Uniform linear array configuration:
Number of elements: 8
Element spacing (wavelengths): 1
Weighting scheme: uniform
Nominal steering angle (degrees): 30
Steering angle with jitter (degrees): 31.336
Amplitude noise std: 0.05
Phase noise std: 0.05

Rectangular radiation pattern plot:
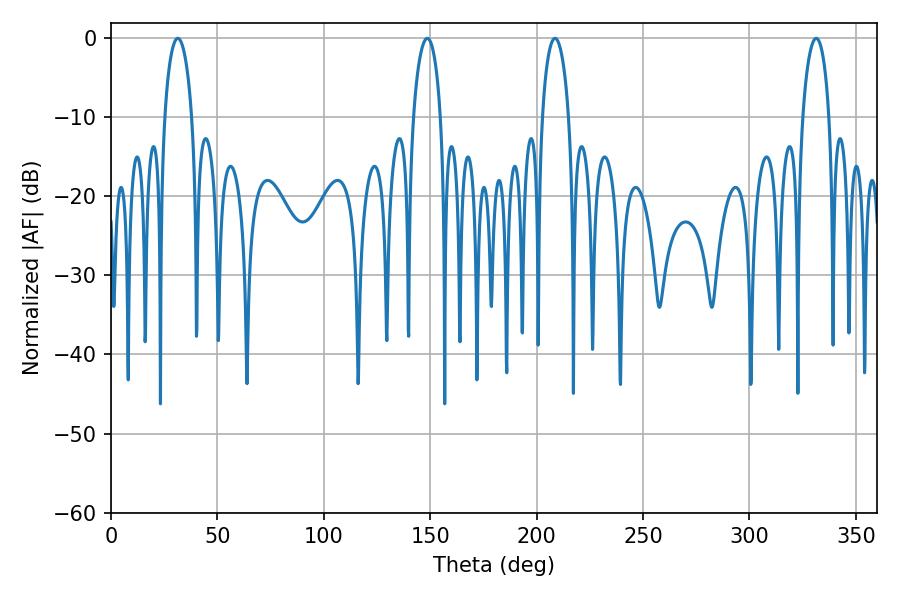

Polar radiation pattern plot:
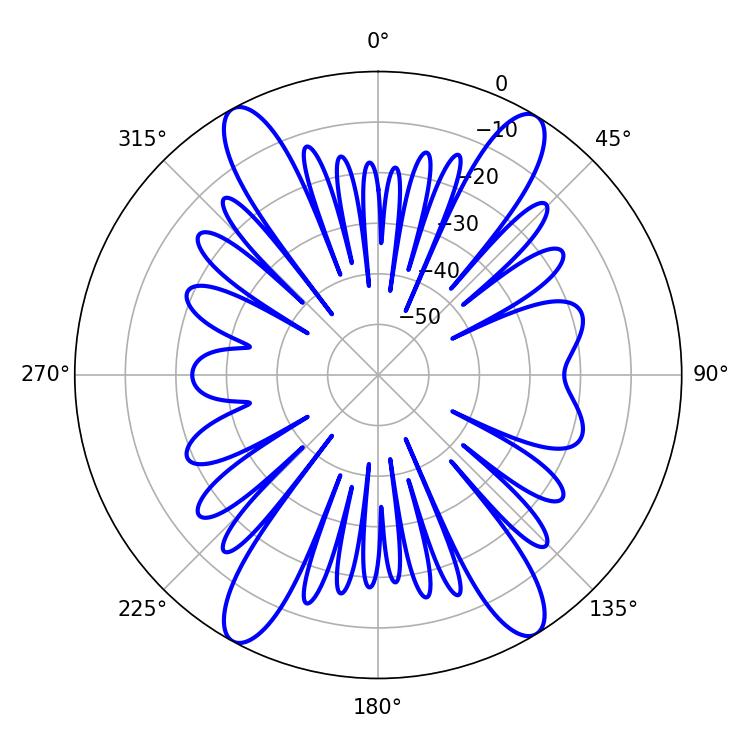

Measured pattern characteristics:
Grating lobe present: TRUE
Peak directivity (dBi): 20.153
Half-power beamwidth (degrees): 7.02
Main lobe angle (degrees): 208.62